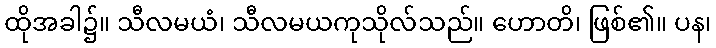
ထိုအခါ၌။ သီလမယံ၊ သီလမယကုသိုလ်သည်။ ဟောတိ၊ ဖြစ်၏။ ပန၊